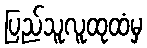
ပြည်သူလူထုထံမှ